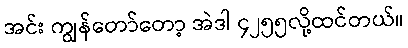
အင်း ကျွန်တော်တော့ အဲဒါ ၄၂၅၅လို့ထင်တယ်။